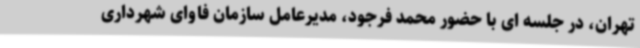
تهران، در جلسه ای با حضور محمد فرجود، مدیرعامل سازمان فاوای شهرداری